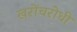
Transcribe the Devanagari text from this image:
खरोंचरोधी